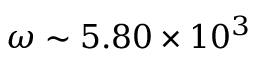
\omega \sim 5 . 8 0 \times 1 0 ^ { 3 }